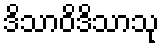
ဒိသာဝိဒိသာသု